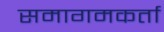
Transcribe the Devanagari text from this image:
समागमकर्ता